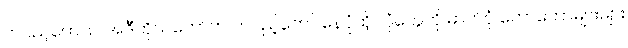
တပည့်တော်။ ။ အဲဒီကိုယ်တော်က တပည့်တော် နေပုံထိုင်ပုံတွေကို ဓာတ်ပုံ တော်တော်များများ